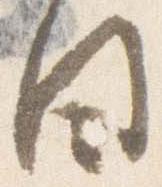
日